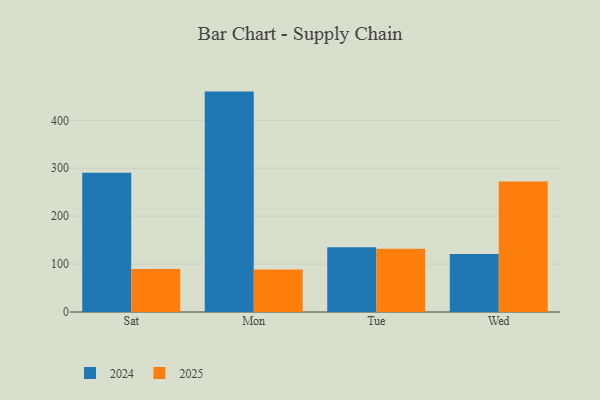
{"axis": {"x": "Day", "y": "Gross Profit (USD K)"}, "legend": ["2024", "2025"], "data": [{"x": "Sat", "y": 290.8, "type": "2024"}, {"x": "Sat", "y": 89.5, "type": "2025"}, {"x": "Mon", "y": 460.0, "type": "2024"}, {"x": "Mon", "y": 88.5, "type": "2025"}, {"x": "Tue", "y": 135.2, "type": "2024"}, {"x": "Tue", "y": 132.1, "type": "2025"}, {"x": "Wed", "y": 121.1, "type": "2024"}, {"x": "Wed", "y": 272.6, "type": "2025"}]}